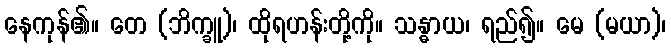
နေကုန်၏။ တေ (ဘိက္ခူ)၊ ထိုရဟန်းတို့ကို။ သန္ဓာယ၊ ရည်၍။ မေ (မယာ)၊